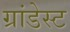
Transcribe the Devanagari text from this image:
ग्रांडेस्ट